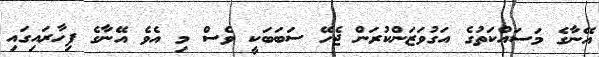
އޭނާގެ މަސައްކަތުގެ އަގުވަޒަންކުރަން ޖެހޭ ސަބަބަކީ ވެސް މި އެވެ އޭނާގެ ފިހާރައިގައި